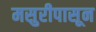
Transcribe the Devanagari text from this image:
मसुरीपासून